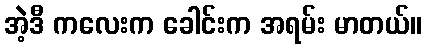
အဲ့ဒီ ကလေးက ခေါင်းက အရမ်း မာတယ်။